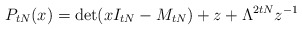
\begin{align*}P_{tN}(x) = \det( xI_{tN} - M_{tN}) + z + \Lambda^{2tN} z^{-1}\end{align*}